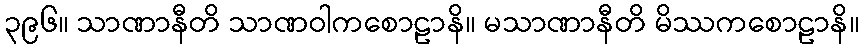
၃၉၆။ သာဏာနီတိ သာဏဝါကစောဠာနိ။ မသာဏာနီတိ မိဿကစောဠာနိ။